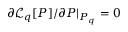
\partial \mathcal { L } _ { q } [ P ] / \partial P | _ { P _ { q } } = 0